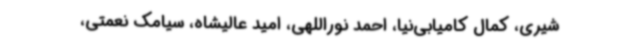
شیری، کمال کامیابی‌نیا، احمد نوراللهی، امید عالیشاه، سیامک نعمتی،